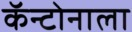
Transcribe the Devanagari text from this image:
कॅन्टोनाला